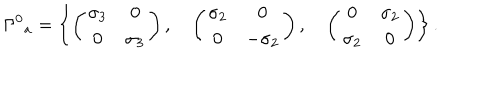
LaTeX: { \Gamma ^ { 0 } } _ { a } = \left\{ \left( \begin{matrix} { { \sigma _ { 3 } } } & { { 0 } } \\ { { 0 } } & { { \sigma _ { 3 } } } \\ \end{matrix} \right) , \quad \left( \begin{matrix} { { \sigma _ { 2 } } } & { { 0 } } \\ { { 0 } } & { { - \sigma _ { 2 } } } \\ \end{matrix} \right) , \quad \left( \begin{matrix} { { 0 } } & { { \sigma _ { 2 } } } \\ { { \sigma _ { 2 } } } & { { 0 } } \\ \end{matrix} \right) \right\} .